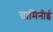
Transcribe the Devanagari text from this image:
ग्रामिनीई